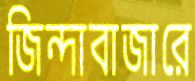
জিন্দাবাজারে